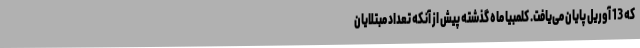
که 13 آوریل پایان می‌یافت. کلمبیا ماه گذشته پیش از آنکه تعداد مبتلایان